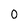
Character: 0